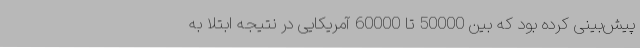
پیش‌بینی کرده بود که بین 50000 تا 60000 آمریکایی در نتیجه ابتلا به